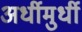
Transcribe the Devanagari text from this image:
अर्धीमुर्धी